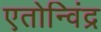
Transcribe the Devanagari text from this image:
एतोन्विंद्र